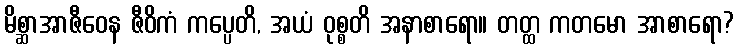
မိစ္ဆာအာဇီဝေန ဇီဝိကံ ကပ္ပေတိ, အယံ ဝုစ္စတိ အနာစာရော။ တတ္ထ ကတမော အာစာရော?